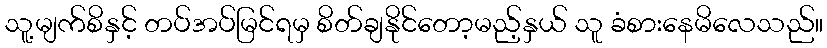
သူ့မျက်စိနှင့် တပ်အပ်မြင်ရမှ စိတ်ချနိုင်တော့မည့်နှယ် သူ ခံစားနေမိလေသည်။